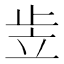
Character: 𰩠